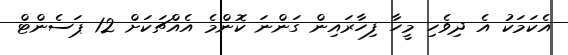
އެކަމަކު އެ ދިިވެހި މީހާ ފިހާރައިން ގަންނަ ކޮންމެ އެއްޗަކަށް 12 ޕަސެންޓް